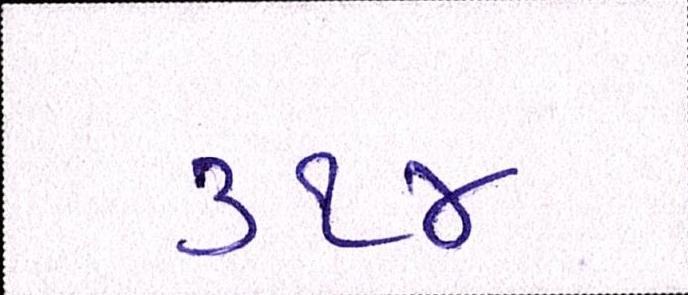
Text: ૩૧૪